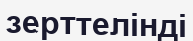
зерттелінді